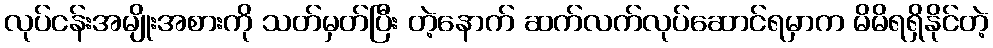
လုပ်ငန်းအမျိုးအစားကို သတ်မှတ်ပြီး တဲ့နောက် ဆက်လက်လုပ်ဆောင်ရမှာက မိမိရရှိနိုင်တဲ့